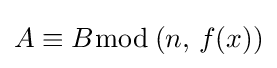
A\equiv B{\bmod {\,}}(n,\,f(x))